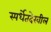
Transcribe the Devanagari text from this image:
स्पर्धेतदेखील